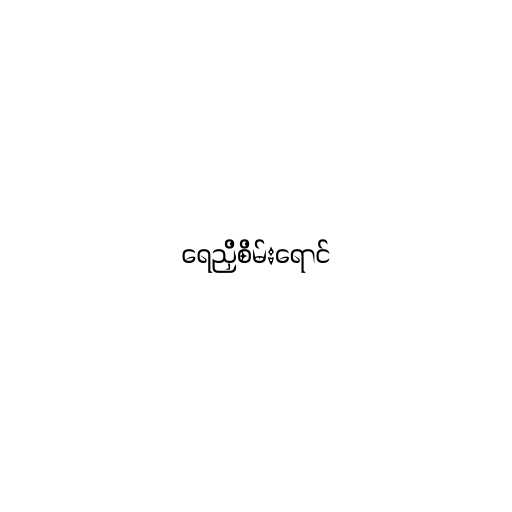
ရေညှိစိမ်းရောင်